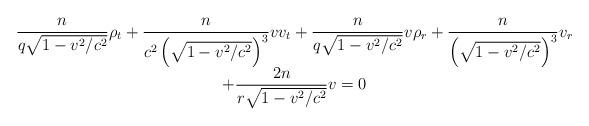
LaTeX: \begin{align*}\begin{array}[c]{c}\displaystyle\frac{n}{q\sqrt{1-v^{2}/c^{2}}}\rho_{t}+\frac{n}{c^{2}\left(\sqrt{1-v^{2}/c^{2}}\right) ^{3}}vv_{t}+\frac{n}{q\sqrt{1-v^{2}/c^{2}}}v\rho_{r}+\frac{n}{\left( \sqrt{1-v^{2}/c^{2}}\right) ^{3}}v_{r}\\\displaystyle+\frac{2n}{r\sqrt{1-v^{2}/c^{2}}}v=0\end{array}\end{align*}